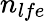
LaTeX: n_{lfe}